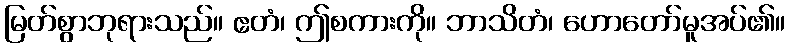
မြတ်စွာဘုရားသည်။ ဧတံ၊ ဤစကားကို။ ဘာသိတံ၊ ဟောတော်မူအပ်၏။